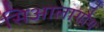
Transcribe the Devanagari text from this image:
सिआलागौग